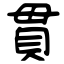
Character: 貫